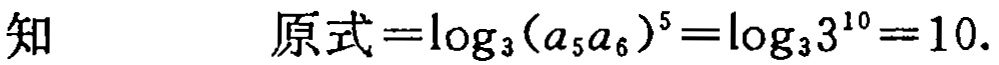
知\(\quad\)原式\(=\log_{3}(a_{5}a_{6})^{5}=\log_{3}3^{10}=10\).